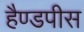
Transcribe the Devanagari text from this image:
हैण्डपीस